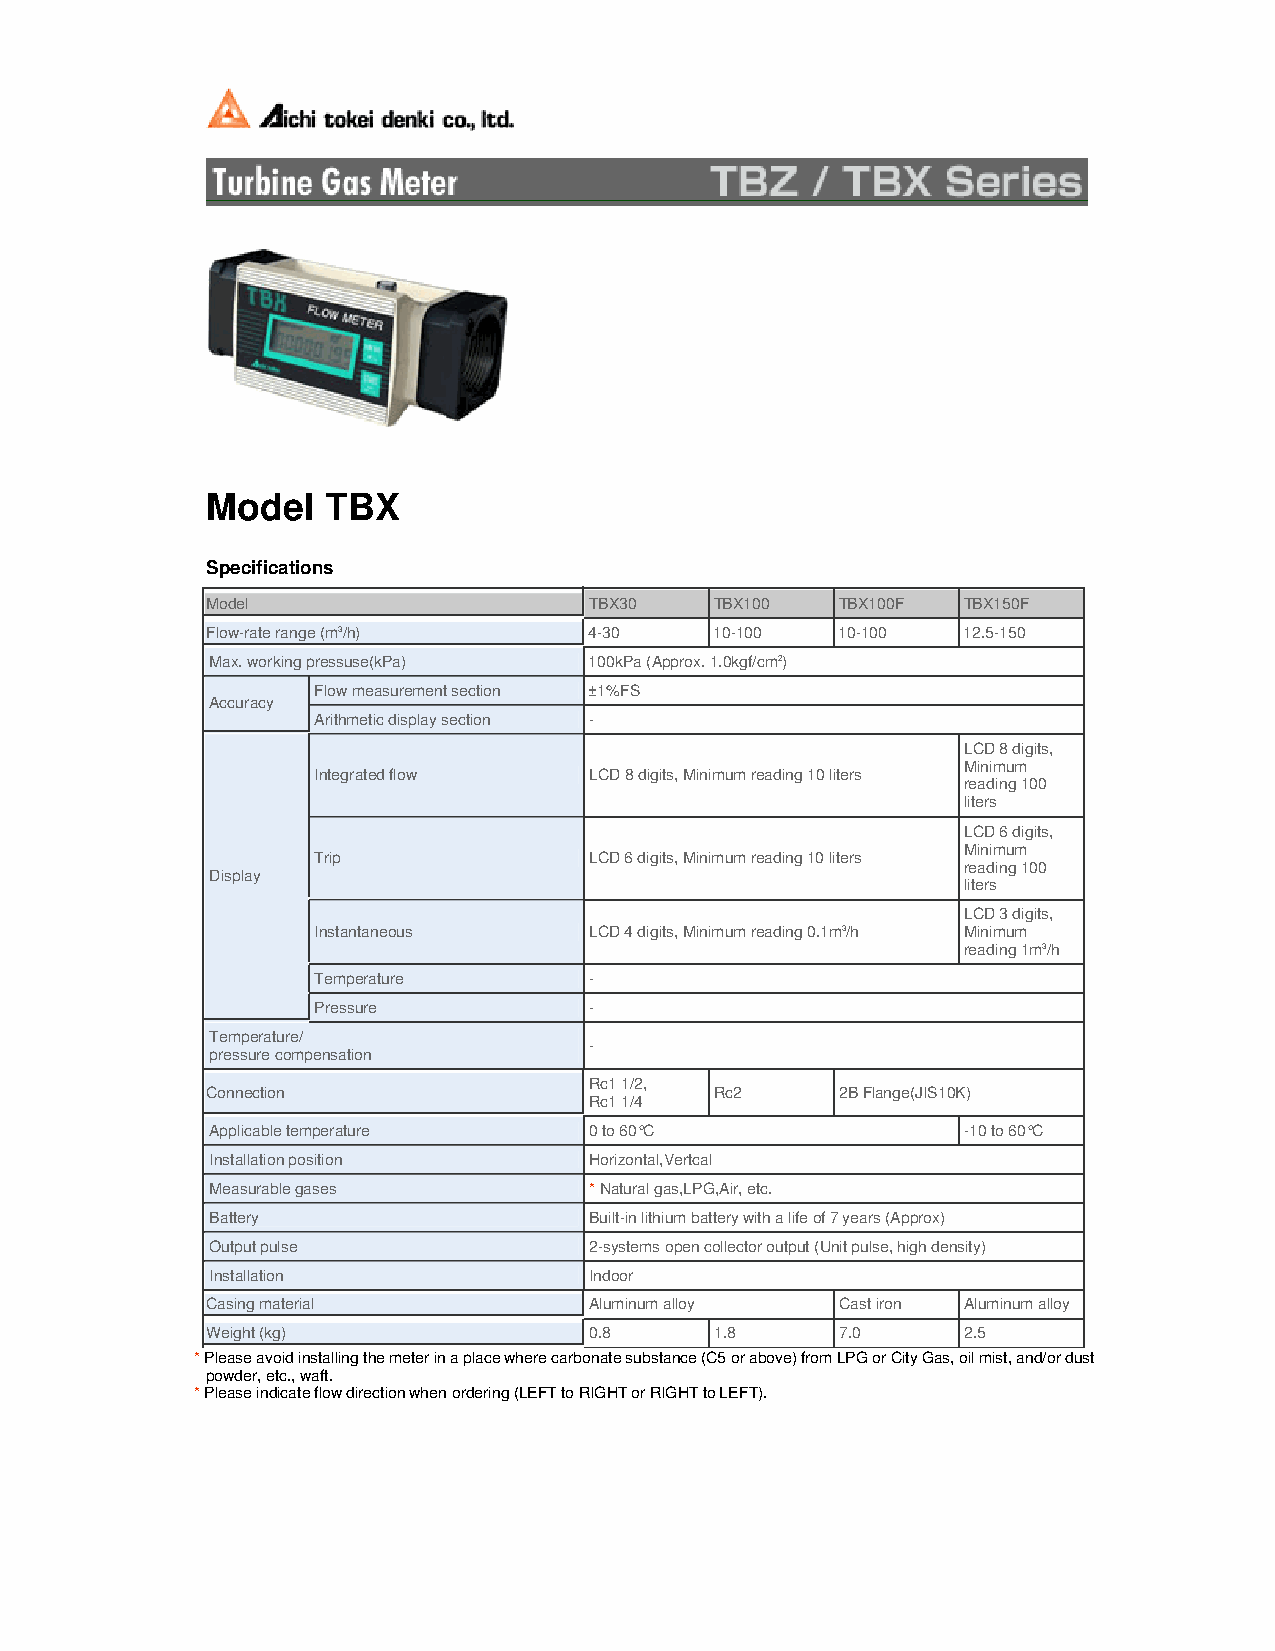
Model   TBX
 Specifications
 Model                    TBX30   TBX100   TBX100F TBX150F
 Flow-rate range (m3/h)   4-30    10-100   10-100  12.5-150
 Max. working pressuse(kPa) 100kPa (Approx. 1.0kgf/cm2)
 Flow measurement section ±1%FS
 Accuracy
 Arithmetic display section -
 LCD 8 digits,
 Minimum
 Integrated flow   LCD 8 digits, Minimum reading 10 liters
 reading 100
 liters
 LCD 6 digits,
 Minimum
 Trip              LCD 6 digits, Minimum reading 10 liters
 reading 100
 Display
 liters
 LCD 3 digits,
 Instantaneous     LCD 4 digits, Minimum reading 0.1m3/h Minimum
 reading 1m3/h
 Temperature       -
 Pressure          -
 Temperature/
 -
 pressure compensation
 Rc1 1/2,
 Connection                       Rc2      2B Flange(JIS10K)
 Rc1 1/4
 Applicable temperature   0 to 60°C                -10 to 60°C
 Installation position    Horizontal,Vertcal
 Measurable gases         * Natural gas,LPG,Air, etc.
 Battery                  Built-in lithium battery with a life of 7 years (Approx)
 Output pulse             2-systems open collector output (Unit pulse, high density)
 Installation             Indoor
 Casing material          Aluminum alloy   Cast iron Aluminum alloy
 Weight (kg)              0.8     1.8      7.0     2.5
 * Please avoid installing the meter in a place where carbonate substance (C5 or above) from LPG or City Gas, oil mist, and/or dust
 powder, etc., waft.
 * Please indicate flow direction when ordering (LEFT to RIGHT or RIGHT to LEFT).